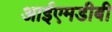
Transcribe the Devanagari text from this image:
आईएमडीबी